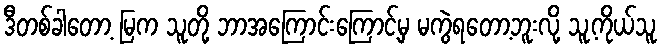
ဒီတစ်ခါတော့ မြက သူတို့ ဘာအကြောင်းကြောင့်မှ မကွဲရတော့ဘူးလို့ သူ့ကိုယ်သူ